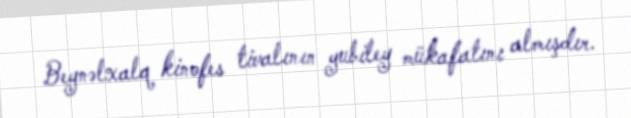
Beynəlxalq kinofes tivalının yubiley mükafatını almışdır.